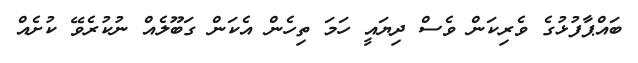
ބައްޕާފުޅުގެ ވެރިކަން ވެސް ދިޔައީ ހަމަ ތިހެން އެކަން ގަބޫލެއް ނުކުރެވޭ ކުށެއް